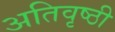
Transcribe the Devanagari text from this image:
अतिवृष्ठी